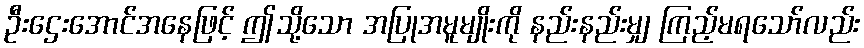
ဦးဌေးအောင်အနေဖြင့် ဤသို့သော အပြုအမူမျိုးကို နည်းနည်းမျှ ကြည့်မရသော်လည်း